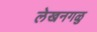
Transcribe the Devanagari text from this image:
लेखनगळु